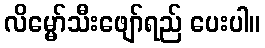
လိမ္မော်သီးဖျော်ရည် ပေးပါ။